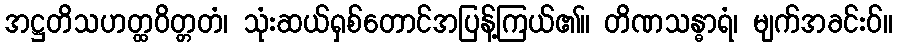
အဋ္ဌတိသဟတ္ထဝိတ္တတံ၊ သုံးဆယ်ရှစ်တောင်အပြန့်ကြယ်၏။ တိဏသန္ဓာရံ၊ မျက်အခင်းဝ်။